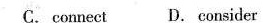
C.connect D. Conside